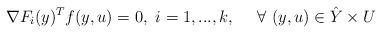
LaTeX: \begin{align*}\nabla F_i(y)^Tf(y,u)= 0 ,\ i=1,...,k, \ \ \ \ \forall \ (y,u)\in \hat Y\times U\end{align*}